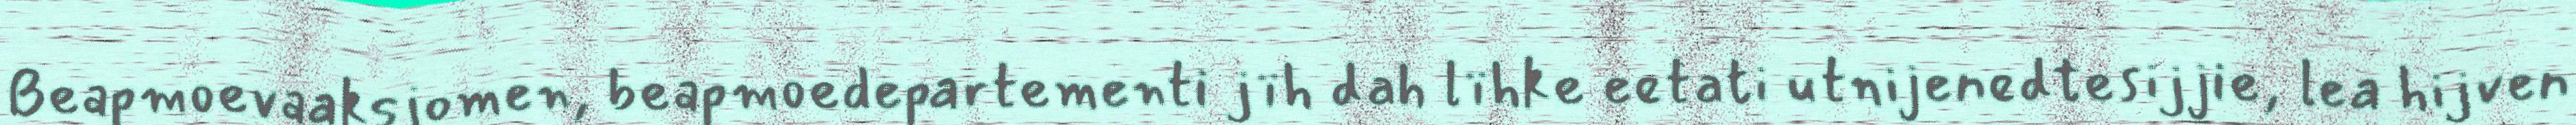
Beapmoevaaksjomen, beapmoedepartementi jïh dah lïhke eetati utnijenedtesijjie, lea hijven